Tartu_linnavalitsus, lk 29
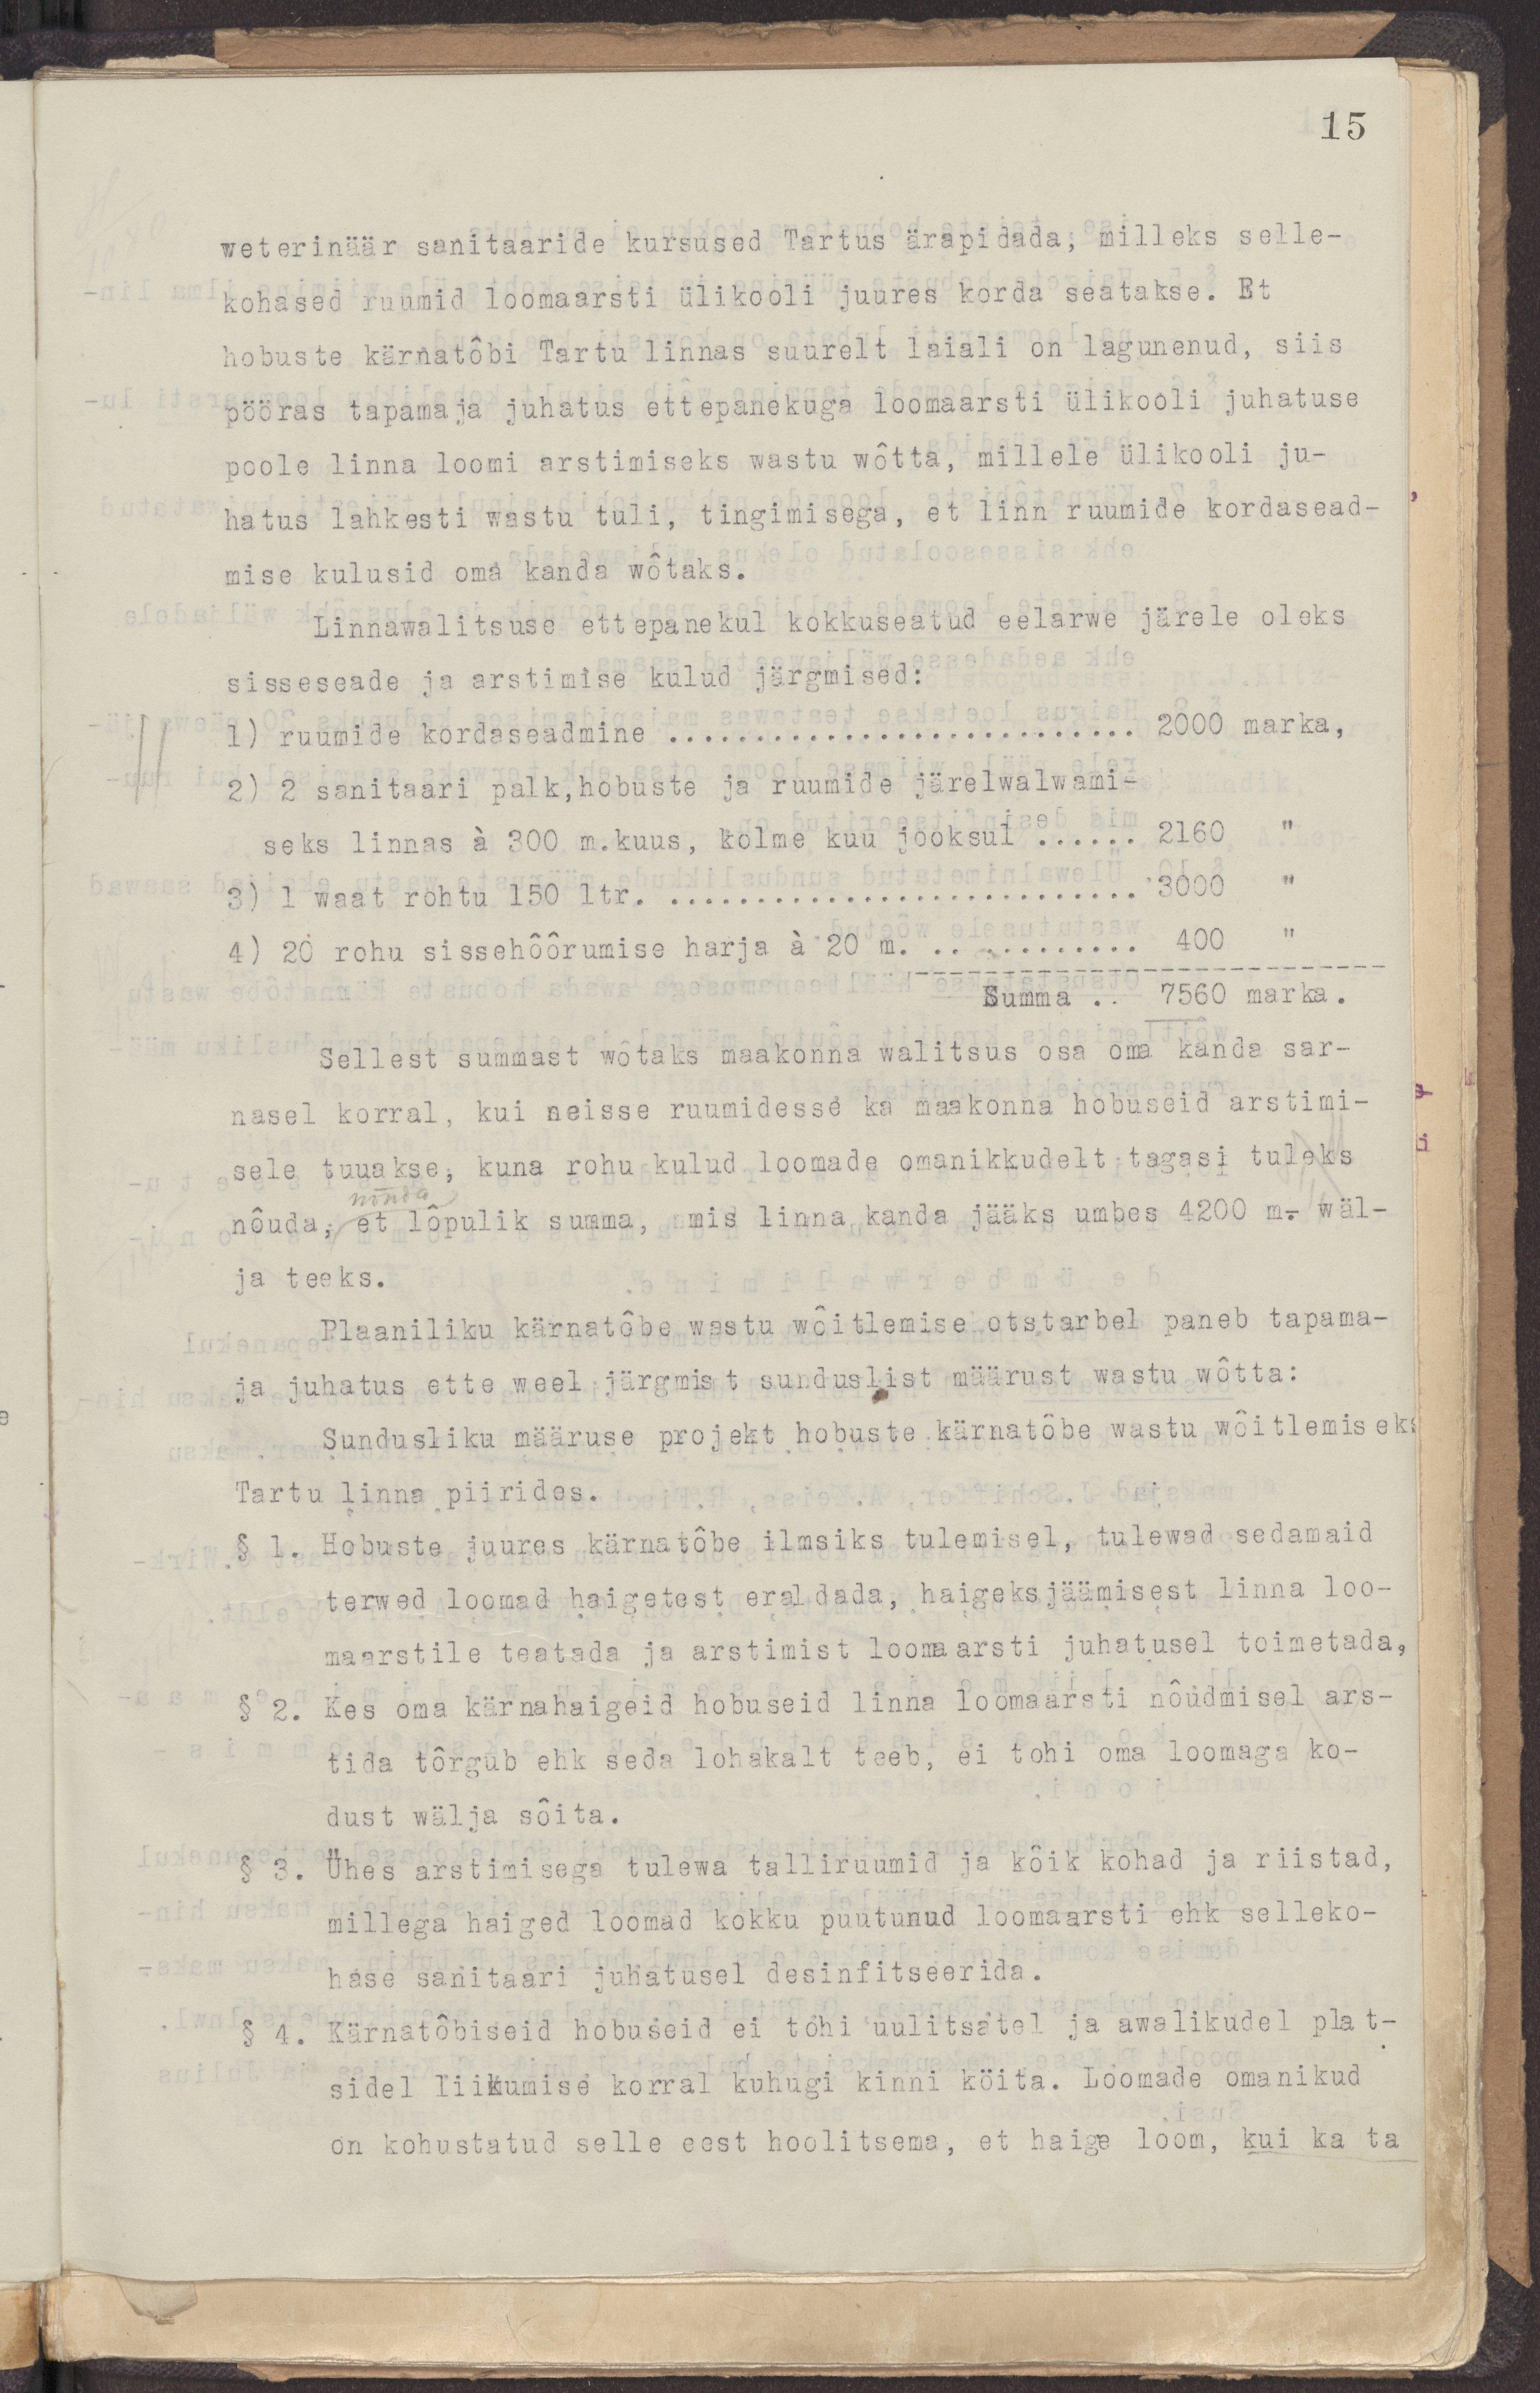
15
veterinäär sanitaaride kursused Tartus ärapidada, milleks selle-
kohased ruumid loomaarsti ülikooli juures korda seatakse. Et
hobuste kärnatõbi Tartu linnas suurelt laiali on lagunenud, siis
pööras tapamaja juhatus ettepanekuga loomaarsti ülikooli juhatuse
poole linna loomi arstimiseks wastu wõtta, millele ülikooli ju-
hatus lahkesti wastu tuli, tingimisega, et linn ruumide kordasead-
mise kulusid oma kanda wõtaks.
Linnawalitsuse ettepanekul kokkuseatud eelarwe järele oleks
sisseseade ja arstimise kulud järgmised:
1) ruumide kordaseadmine ........................... 2000 marka
2) 2 sanitaari palk, hobuste ja ruumide järelwalwami-
seks linnas à 300 m.kuus, kolme kuu jooksul ...... 2160 "
3) 1 waat rohtu 150 ltr. ........................... 3000 "
4) 20 rohu sissehõõrumise harja à 20 m. ............ 400 "
Summa ... 7560 marka.
Sellest summast wõtaks maakonna walitsus osa oma kanda sar-
nasel korral, kui neisse ruumidesse ka maakonna hobuseid arstimi-
sele tuuakse, kuna rohu kulud loomade omanikkudelt tagasi tuleks
nõuda, et lõplik sulla, mis linna kanda jääks umbes 4200 m. wäl-
ja teeks.
Plaaniliku kärnatõbe wastu wõitlemise otstarbel paneb tapama-
ja juhatus ette weel järgmist sunduslist määrust wastu wõtta:
Sundusliku määruse projekt hobuste kärnatõbe wastu wõitlemiseks
Tartu linna piirides.
§ 1. Hobuste juures kärnatõbe ilmsiks tulemisel, tulewad sedamaid
terwed loomad haigetest eraldada, haigeksjäämisest linna loo-
maarstile teatada ja arstimist loomaarsti juhatusel toimetada,
§ 2. Kes oma kärnahaigeid hobuseid linna loomaarsti nõudmisel ars-
tida tõrgub eh seda lohakalt teeb, ei tohi oma loomaga ko-
dust wälja sõita.
§ 3. Ühes arstimisega tulewa talliruumid ja kõik kohad ja riistad,
millega haiged loomad kokku puutunud loomaarsti ehk selleko-
hase sanitaari juhatusel desinfitseerida.
§ 4. Kärnatõbiseid hobuseid ei tohi uulitsatel ja awalikudel plat-
sidel liikumise korral kuhugi kinni köita. Loomade omanikud
on kohustatud selle eest hoolitsema, et haige loom, kui ka ta